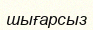
шығарсыз